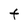
Character: t